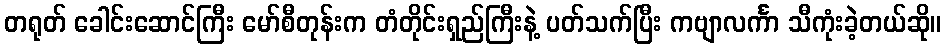
တရုတ် ခေါင်းဆောင်ကြီး မော်စီတုန်းက တံတိုင်းရှည်ကြီးနဲ့ ပတ်သက်ပြီး ကဗျာလင်္ကာ သီကုံးခဲ့တယ်ဆို။